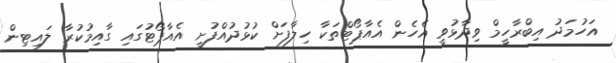
އަހުމަދު އިބްރާހީމް ވިދާޅުވީ އެހެން އެއާޕޯޓްތަކާ ހިލާފަށް ކުޅުދުއްފުށީ އެއާޕޯޓުގައި ގާއިމުކުރާ ލައިޓިން